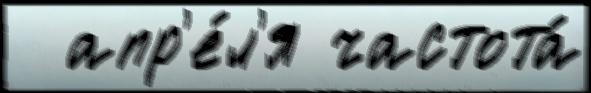
  апр'е́л'я частота́